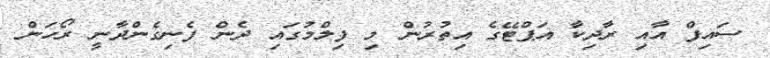
ސައިފް އާއި ރާދިކާ އަޕްޓޭގެ އިތުރުން މި ފިލްމުގައި ދެން ފެނިގެންދާނީ ރޯހަން